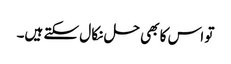
تو اس کا بھی حل نکا ل سکتے ہیں۔